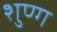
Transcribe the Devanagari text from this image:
शुण्ग